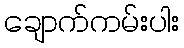
ချောက်ကမ်းပါး